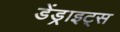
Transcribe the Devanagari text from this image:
डेंड्राइट्स